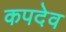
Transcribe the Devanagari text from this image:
कपदेव